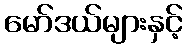
မော်ဒယ်များနှင့်